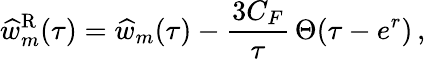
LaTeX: \widehat w_{m}^{\mathrm{R}}(\tau)=\widehat w_{m}(\tau)-{\frac{3C_{F}}{\tau}}\, \Theta(\tau-e^{r})\, ,